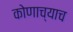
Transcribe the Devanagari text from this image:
कोणाच्याच